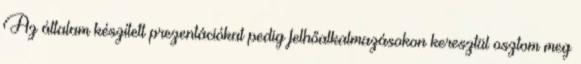
Az általam készített prezentációkat pedig felhőalkalmazásokon keresztül osztom meg